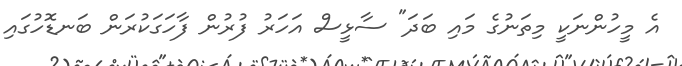
އެ މީހުންނަކީ މިތަނުގެ މައި ބަދަ" ސާޅީސް އަހަރު ފުރުން ފާހަގަކުރަން ބަނޑޮހުގައި